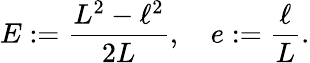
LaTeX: E:=\frac{L^{2}-\ell^{2}}{2L},\quad e:=\frac{\ell}{L}.